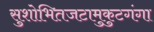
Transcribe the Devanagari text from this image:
सुशोभितजटामुकुटगंगा